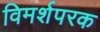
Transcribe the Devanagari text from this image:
विमर्शपरक